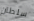
سلطان